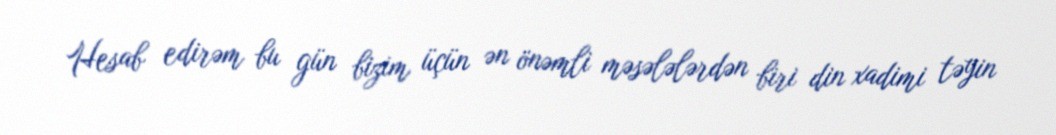
Hesab edirəm bu gün bizim üçün ən önəmli məsələlərdən biri din xadimi təyin